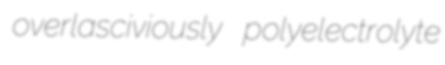
overlasciviously polyelectrolyte